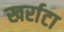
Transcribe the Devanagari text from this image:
खर्राटा